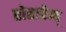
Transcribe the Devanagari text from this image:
रोतारेग्